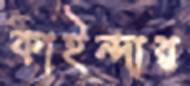
কাইন্দার